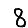
Digit: 8